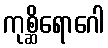
ကုစ္ဆိရောဂေါ